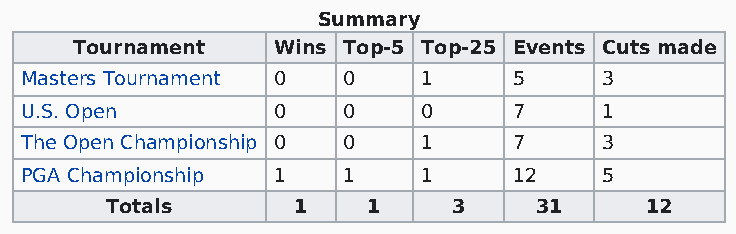
Summary
 Tournament   Wins Top-5 Top-25 Events Cuts made
 Masters Tournament 0  0    1     5     3
 U.S. Open        0    0    0     7     1
 The Open Championship 0 0  1     7     3
 PGA Championship 1    1    1     12    5
 Totals      1    1     3    31      12